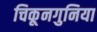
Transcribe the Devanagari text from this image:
चिकूनगुनिया